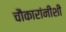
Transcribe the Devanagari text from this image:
चौकारांनीशी